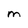
Character: M